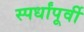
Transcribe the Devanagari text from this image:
स्पर्धांपूर्वी